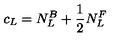
c _ { \small L } = N _ { L } ^ { B } + \frac { 1 } { 2 } N _ { L } ^ { F }